Civil Veterinary Department Bihar & Orissa reports 1922-29 - 1922-1929
Year: 1922
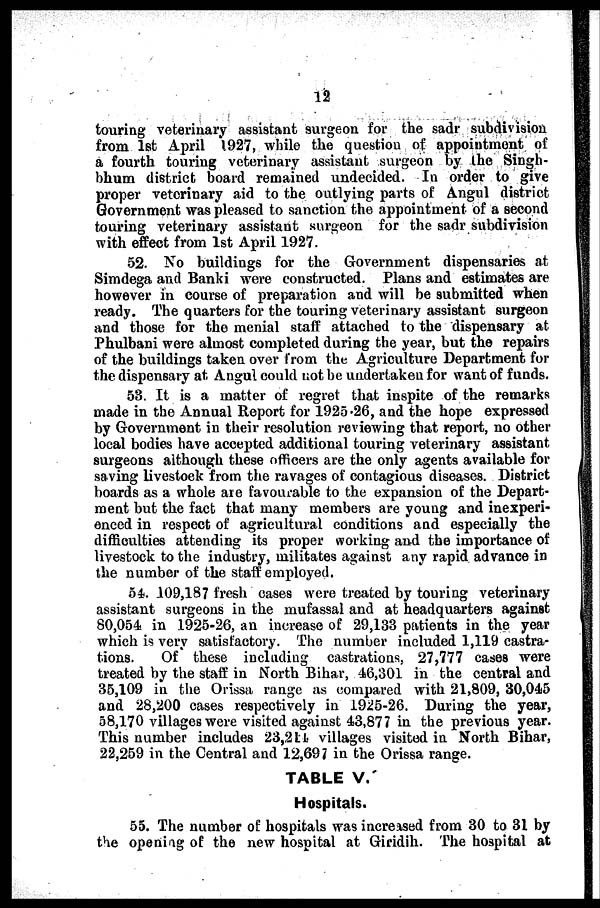
12
touring veterinary assistant surgeon for the sadr subdivision
from 1st April 1927, while the question of appointment of
a fourth touring veterinary assistaut surgeon by the Singh-
bhum district board remained undecided. In order to give
proper veterinary aid to the outlying parts of Angul district
Government was pleased to sanction the appointment of a second
touring veterinary assistant surgeon for the sadr subdivision
with effect from 1st April 1927.
52. No buildings for the Government dispensaries at
Simdega and Banki were constructed. Plans and estimates are
however in course of preparation and will be submitted when
ready. The quarters for the touring veterinary assistant surgeon
and those for the menial staff attached to the dispensary at
Phulbani were almost completed during the year, but the repairs
of the buildings taken over from the Agriculture Department for
the dispensary at Angul could not be undertaken for want of funds.
53. It is a matter of regret that inspite of the remarks
made in the Annual Report for 1925.26, and the hope expressed
by Government in their resolution reviewing that report, no other
local bodies have accepted additional touring veterinary assistant
surgeons although these officers are the only agents available for
saving livestock from the ravages of contagious diseases. District
boards as a whole are favourable to the expansion of the Depart-
ment but the fact that many members are young and inexperi-
enced in respect of agricultural conditions and especially the
difficulties attending its proper working and the importance of
livestock to the industry, militates against any rapid advance in
the number of the staff employed.
54. 109,187 fresh cases were treated by touring veterinary
assistant surgeons in the mufassal and at headquarters against
80,054 in 1925-26, an increase of 29,133 patients in the year
which is very satisfactory. The number included 1,119 castra-
tions.
Of these including castrations, 27,777 cases were
treated by the staff in North Bihar, -16,301 in the central and
35,109 in the Orissa range as compared with 21,809, 30,045
and 28,200 cases respectively in 1925-26. During the year,
58,170 villages were visited against 4.3,877 in the previous year.
This number includes 23,214 villages visited in North Bihar,
22,259 in the Central and 12,697 in the Orissa range.
TABLE V.
Hospitals.
55. The number of hospitals was increased from 30 to 31 by
the opening of the new hospital at Giridih. The hospital at